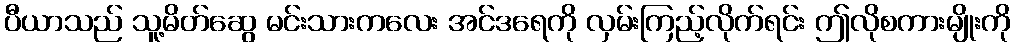
ပီယာသည် သူ့မိတ်ဆွေ မင်းသားကလေး အင်ဒရေကို လှမ်းကြည့်လိုက်ရင်း ဤလိုစကားမျိုးကို